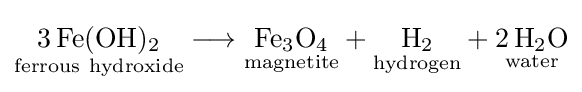
{{\underset {\mathrm {ferrous} \ \mathrm {hydroxide} }{3\,\mathrm {Fe} (\mathrm {OH} ){\vphantom {A}}_{\smash[{t}]{2}}}}{}\mathrel {\longrightarrow } {}{\underset {\mathrm {magnetite} }{\mathrm {Fe} {\vphantom {A}}_{\smash[{t}]{3}}\mathrm {O} {\vphantom {A}}_{\smash[{t}]{4}}}}{}+{}{\underset {\mathrm {hydrogen} }{\mathrm {H} {\vphantom {A}}_{\smash[{t}]{2}}}}{}+{}{\underset {\mathrm {water} }{2\,\mathrm {H} {\vphantom {A}}_{\smash[{t}]{2}}\mathrm {O} }}}